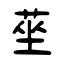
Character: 莝